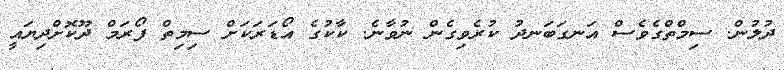
ދުލުން. ސިމްތްގެވެސް އަނގަބަނދު ކުރެވިގެން ނުވާނެ. ކާކުގެ އޯޑަރަކަށް ސިމިތް ފޯރަމް ދޫކޮށްދިޔައީ